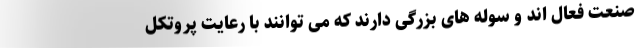
صنعت فعال اند و سوله های بزرگی دارند که می توانند با رعایت پروتکل